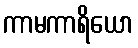
ကာမကာရိယော